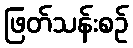
ဖြတ်သန်းစဉ်